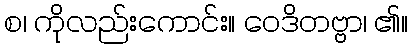
စ၊ ကိုလည်းကောင်း။ ဝေဒိတဗ္ဗာ၊ ၏။